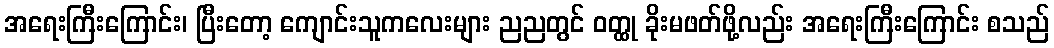
အရေးကြီးကြောင်း၊ ပြီးတော့ ကျောင်းသူကလေးများ ညညတွင် ဝတ္ထု ခိုးမဖတ်ဖို့လည်း အရေးကြီးကြောင်း စသည်